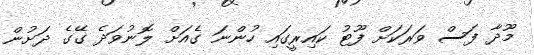
މޫދާ ފަސް ވަރަކަށް ފޫޓު ކައިރީގައި ހުންނަ ގެއަށް ލޮނުވަދެ ގޭގެ ދަށުން